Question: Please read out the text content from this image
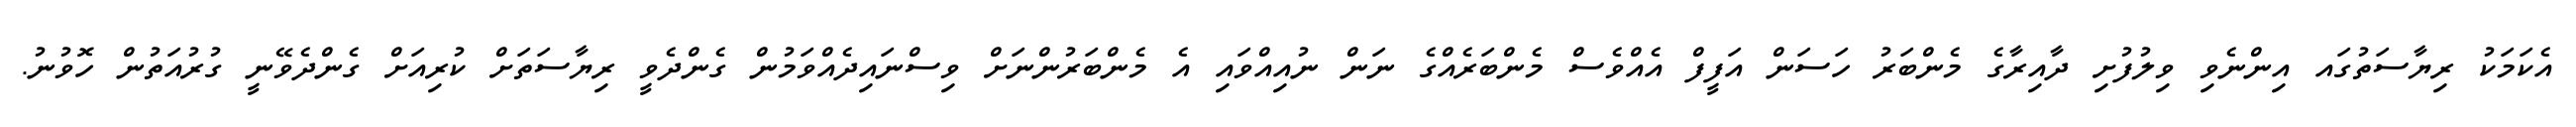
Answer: އެކަމަކު ރިޔާސަތުގައ އިންނެވި ވިލުފުށި ދާއިރާގެ މެންބަރު ހަސަން އަފީފް އެއްވެސް މެންބަރެއްގެ ނަން ނުއިއްވައި އެ މެންބަރުންނަށް ވިސްނައިދެއްވަމުން ގެންދެވީ ރިޔާސަތަށް ކުރިއަށް ގެންދެވޭނީ ގުރުއަތުން ހޮވުނު.